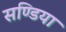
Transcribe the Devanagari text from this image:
सण्डिया